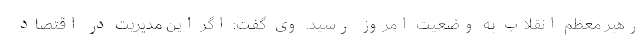
رهبر معظم انقلاب به وضعیت امروز رسید. وی گفت: اگر این مدیریت در اقتصاد